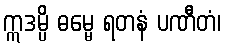
ဣဒမ္ပိ ဓမ္မေ ရတနံ ပဏီတံ၊